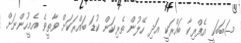
ސަބަބަކީ އެފްރިކާ ބައްރަކީ އަދި ހޭލުން ތެރިކަން ކުޑަ ބައްރަކަށް ވާތީވެ އެމީހުންނަށް